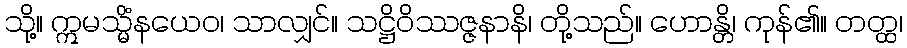
သို့။ ဣမသ္မိံနယေဝ၊ သာလျှင်။ သဋ္ဌိဝိဿဇ္ဇနာနိ၊ တို့သည်။ ဟောန္တိ၊ ကုန်၏။ တတ္ထ၊